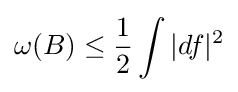
\omega (B)\leq {\frac {1}{2}}\int |df|^{2}